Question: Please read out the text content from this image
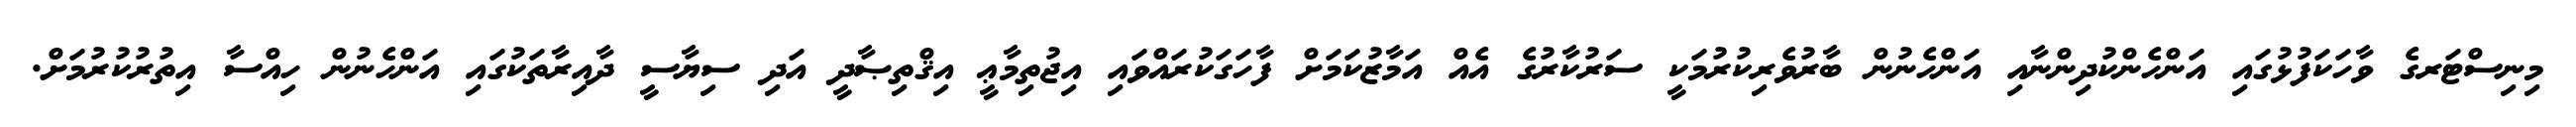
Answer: މިނިސްޓަރގެ ވާހަކަފުޅުގައި އަންހެންކުދިންނާއި އަންހެނުން ބާރުވެރިކުރުމަކީ ސަރުކާރުގެ އެއް އަމާޒުކަމަށް ފާހަގަކުރައްވައި އިޖުތިމާޢީ އިޤްތިޞާދީ އަދި ސިޔާސީ ދާއިރާތަކުގައި އަންހެނުން ހިއްސާ އިތުރުކުރުމަށް.